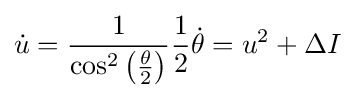
{\dot {u}}={\frac {1}{\cos ^{2}\left({\frac {\theta }{2}}\right)}}{\frac {1}{2}}{\dot {\theta }}=u^{2}+\Delta I